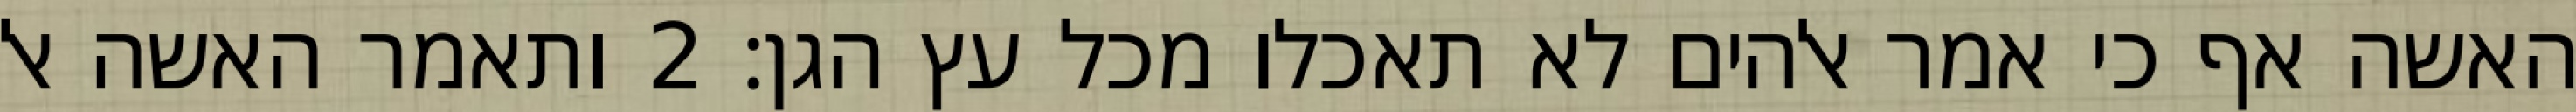
האשה אף כי אמר אלהים לא תאכלו מכל עץ הגן׃ ‎2‏ ותאמר האשה אל